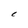
Character: C